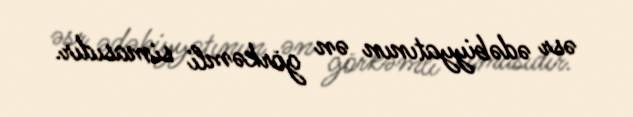
əsr ədəbiyyatının ən görkəmli simasıdır.